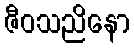
ဇီဝသညိနော